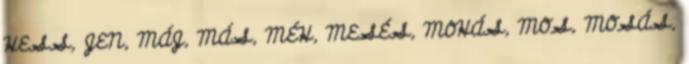
HESS, JEN, MÁJ, MÁS, MÉH, MESÉS, MOHÁS, MOS, MOSÁS,